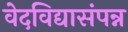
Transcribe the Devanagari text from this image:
वेदविद्यासंपन्न